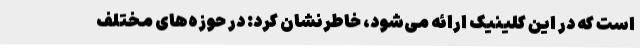
است که در این کلینیک ارائه می‌شود، خاطرنشان کرد: در حوزه‌های مختلف